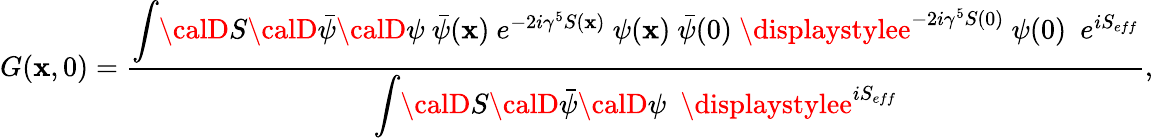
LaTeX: G(\mathbf{x},0)=\frac{{{\displaystyle\int}{\calD}S{\calD}{\bar{{\psi}}}{\calD}\psi~{\bar{{\psi}}}(\mathbf{x})~e^{-2i\gamma^{5}S(\mathbf{x})}~\psi(\mathbf{x})~{\bar{{\psi}}}(0)~{\displaystylee}^{-2i\gamma^{5}S(0)}~\psi(0)\, \, \, e^{iS_{eff}}}}{{{\displaystyle\int}{\calD}S{\calD}{\bar{{\psi}}}{\calD}\psi\, \, \, {\displaystylee}^{iS_{eff}}}},